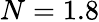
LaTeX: N=1.8